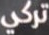
تركي